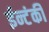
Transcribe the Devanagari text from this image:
ईन्टंकी